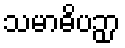
သမာဓိပဉှာ